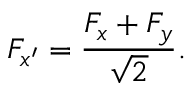
F _ { x ^ { \prime } } = \frac { F _ { x } + F _ { y } } { \sqrt { 2 } } .